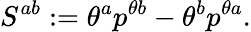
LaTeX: S^{ab}:=\theta^{a}p^{\theta b}-\theta^{b}p^{\theta a}.